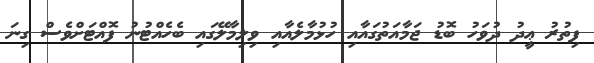
ފިތުރު ޢީދު ދުވަހު ބޮޑު ޖަމާއަތުގައާއި ހުޅުމާލެއާއި ވިލިމާލޭގައި ބެހެއްޓުނު ފޮއްޓަށްވެސް ގިނަ